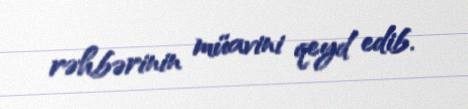
rəhbərinin müavini qeyd edib.